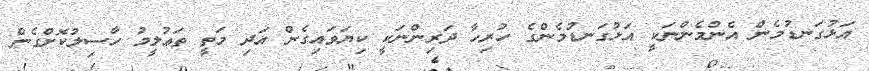
އަޅުގަނޑުމެން އެންމެންނަކީ އަޅުގަނޑުމެންގެ ހުރިހާ ދަރިންނަކީ ކިޔަވައިގެން އަދި މަތީ ތަޢުލީމު ހާސިލުކޮށްގެން